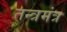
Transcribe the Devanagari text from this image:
तन्त्रमंत्र